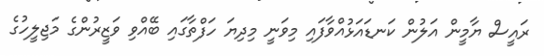
ރައީސް ޔާމީން އަލުން ކަނޑައަޅުއްވާފައި މިވަނީ މިދިޔަ ހަފްތާގައި ބޭއްވި ވަޒީރުންގެ މަޖިލީހުގެ